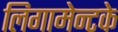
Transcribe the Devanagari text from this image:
लिगामेन्टके